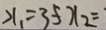
x _ { 1 } = 3 5 x _ { 2 } =